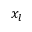
x _ { l }